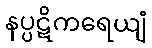
နပ္ပဋိကရေယျံ